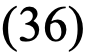
(36)